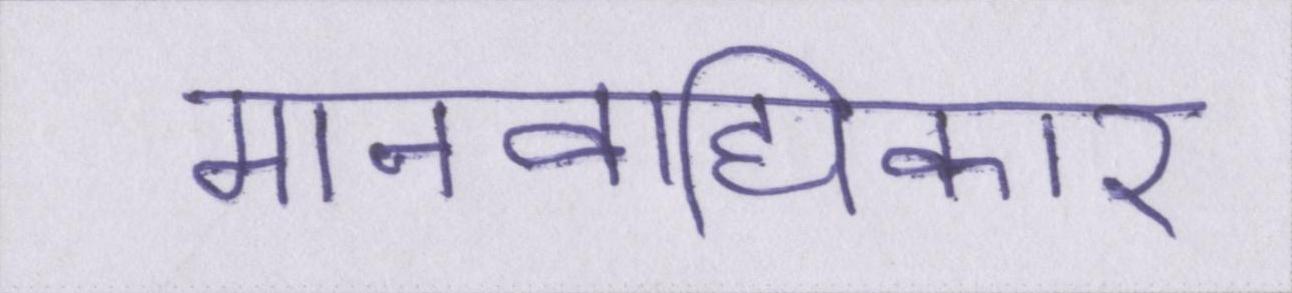
मानवाधिकार